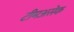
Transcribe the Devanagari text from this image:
टीमअसेक